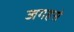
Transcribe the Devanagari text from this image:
जगहसे